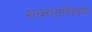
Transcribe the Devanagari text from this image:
शक्यतांविषयी